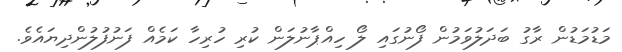
މަޑުމަޑުން ރާގު ބަދަލުވަމުން ފޯނުގައި ލޯ ހިއްޕާނުލަން ކުރި ހުރިހާ ކަމެއް ފަނުފުލުންދިޔައެވެ.